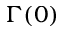
\Gamma ( 0 )